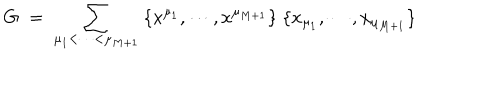
LaTeX: G \; = \; \sum _ { \mu _ { 1 } < \cdots < \mu _ { M + 1 } } \; \{ x ^ { \mu _ { 1 } } , \cdots , x ^ { \mu _ { M + 1 } } \} \; \{ x _ { \mu _ { 1 } } , \cdots , x _ { \mu _ { M + 1 } } \}